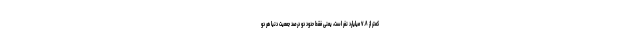
کمتر از ۷.۸ میلیارد نفر است، یعنی فقط حدود دو درصد جمعیت دنیا هر دو